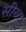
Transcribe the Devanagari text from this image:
सीव्‍यू